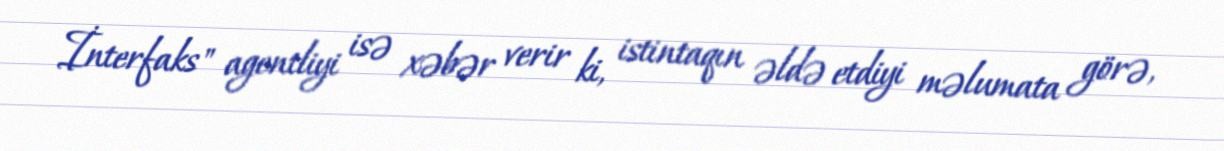
İnterfaks" agentliyi isə xəbər verir ki, istintaqın əldə etdiyi məlumata görə,